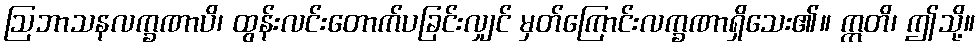
ဩဘာသနလက္ခဏာပိ၊ ထွန်းလင်းတောက်ပခြင်းလျှင် မှတ်ကြောင်းလက္ခဏာရှိသေး၏။ ဣတိ၊ ဤသို့။